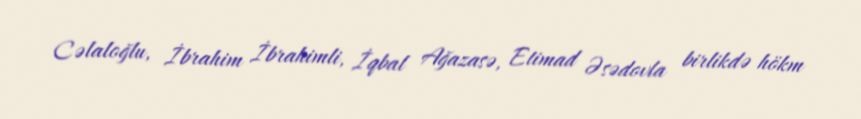
Cəlaloğlu, İbrahim İbrahimli, İqbal Ağazasə, Etimad Əsədovla birlikdə hökm